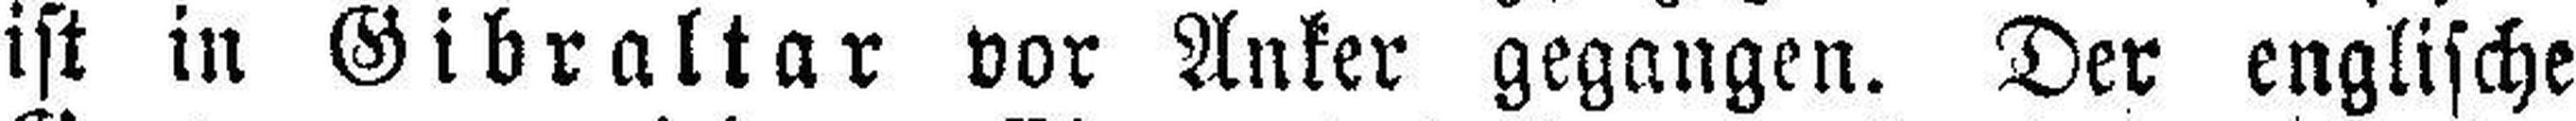
ist in Gibraltar vor Anker gegangen. Der englische